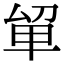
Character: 𭆡